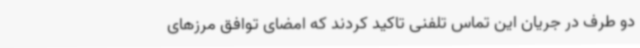
دو طرف در جریان این تماس تلفنی تاکید کردند که امضای توافق مرزهای